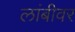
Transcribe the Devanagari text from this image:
लांबीवर